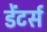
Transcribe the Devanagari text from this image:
डेंटर्स